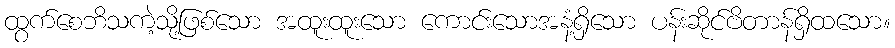
ထွက်စေဘိသကဲ့သို့ဖြစ်သော အထူးထူးသော ကောင်းသောအနံ့ရှိသော ပန်းဆိုင်ဗိတာန်ရှိထသော။